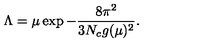
\Lambda = \mu \exp - \frac { 8 \pi ^ { 2 } } { 3 N _ { c } g ( \mu ) ^ { 2 } } .